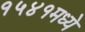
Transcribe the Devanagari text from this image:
१५४१मध्ये